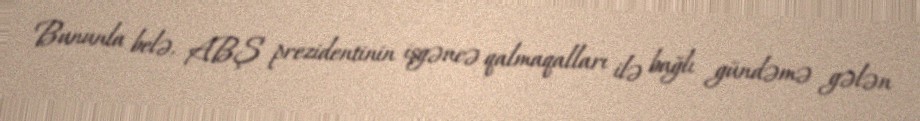
Bununla belə, ABŞ prezidentinin işgəncə qalmaqalları ilə bağlı gündəmə gələn